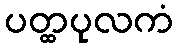
ပတ္ထပုလကံ